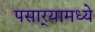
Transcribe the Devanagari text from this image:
पसार्‍यामध्ये